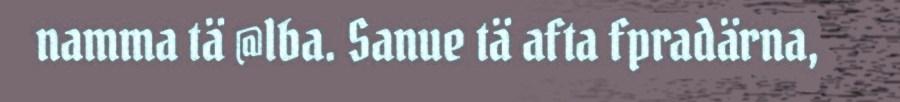
namma tä @lba. Sanue tä afta fpradärna,